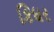
કિધર